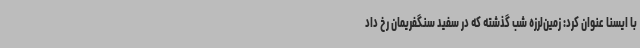
با ایسنا عنوان کرد: زمین‌لرزه شب گذشته که در سفید سنگفریمان رخ داد